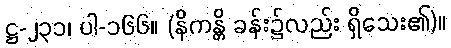
ဋ္ဌ-၂၃၁၊ ပါ-၁၆၆။ (နိကန္တိ ခန်း၌လည်း ရှိသေး၏)။